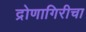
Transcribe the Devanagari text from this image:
द्रोणागिरीचा